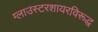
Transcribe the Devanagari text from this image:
ग्लाउस्टरशायरविरूद्ध